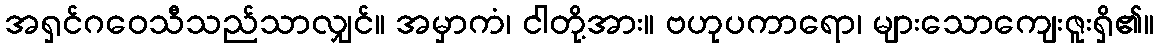
အရှင်ဂဝေသီသည်သာလျှင်။ အမှာကံ၊ ငါတို့အား။ ဗဟုပကာရော၊ များသောကျေးဇူးရှိ၏။